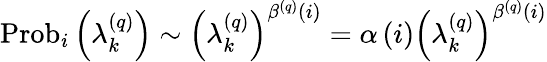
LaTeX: \operatorname{Prob}_{i}\left(\lambda_{k}^{\left(q\right)}\right)\sim\left(\lambda_{k}^{\left(q\right)}\right)^{\beta^{\left(q\right)}\left(i\right)}=\alpha\left(i\right)\left(\lambda_{k}^{\left(q\right)}\right)^{\beta^{\left(q\right)}\left(i\right)}